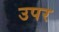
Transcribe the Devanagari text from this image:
उपर